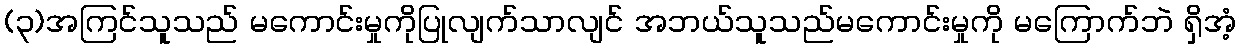
(၃)အကြင်သူသည် မကောင်းမှုကိုပြုလျက်သာလျင် အဘယ်သူသည်မကောင်းမှုကို မကြောက်ဘဲ ရှိအံ့